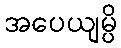
အပေယျမ္ပိ